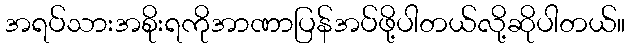
အရပ်သားအစိုးရကိုအာဏာပြန်အပ်ဖို့ပါတယ်လို့ဆိုပါတယ်။